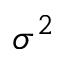
\sigma ^ { 2 }